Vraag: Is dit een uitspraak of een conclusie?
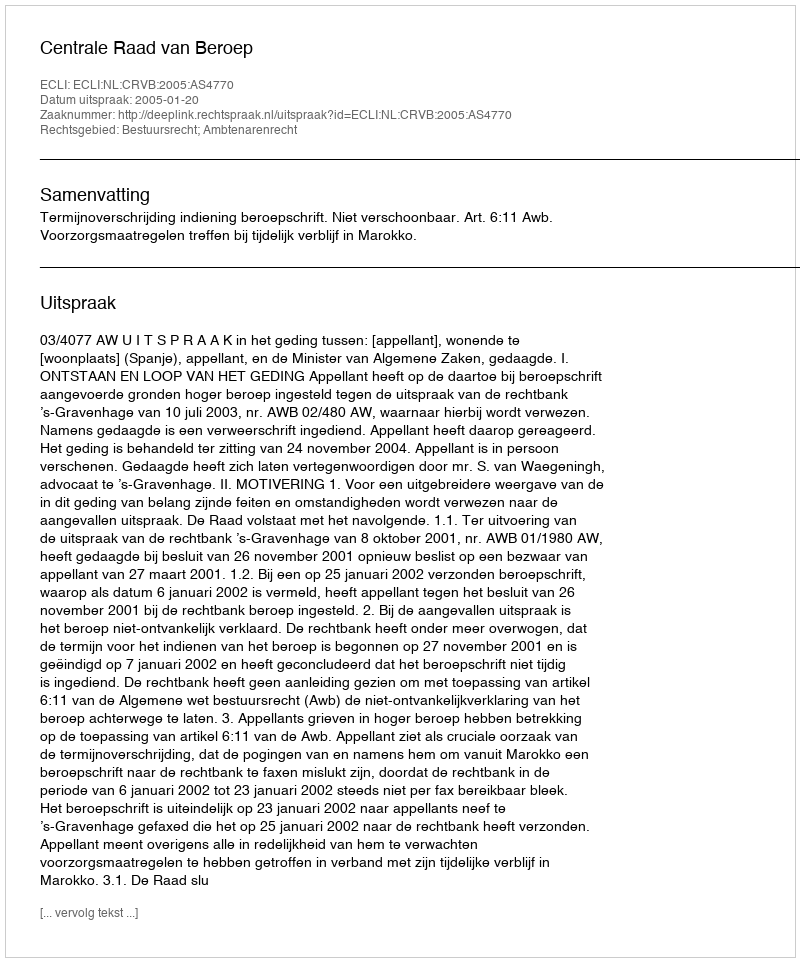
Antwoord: Uitspraak